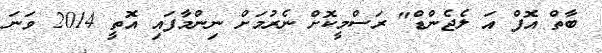
ބާތް އޮފް އަ ލެެޖެންޑް" ރަސްމީކޮށް ނެރުމަށް ނިންމާފައި އޮތީ 2014 ވަނަ